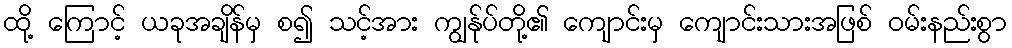
ထို့ ကြောင့် ယခုအချိန်မှ စ၍ သင့်အား ကျွန်ုပ်တို့၏ ကျောင်းမှ ကျောင်းသားအဖြစ် ဝမ်းနည်းစွာ